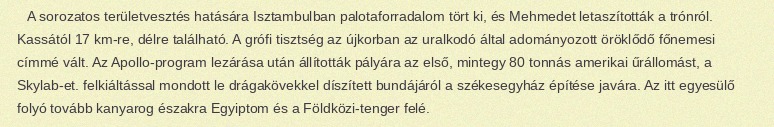
A sorozatos területvesztés hatására Isztambulban palotaforradalom tört ki, és Mehmedet letaszították a trónról. Kassától 17 km-re, délre található. A grófi tisztség az újkorban az uralkodó által adományozott öröklődő főnemesi címmé vált. Az Apollo-program lezárása után állították pályára az első, mintegy 80 tonnás amerikai űrállomást, a Skylab-et. felkiáltással mondott le drágakövekkel díszített bundájáról a székesegyház építése javára. Az itt egyesülő folyó tovább kanyarog északra Egyiptom és a Földközi-tenger felé.